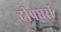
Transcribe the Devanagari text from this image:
दीपघरों